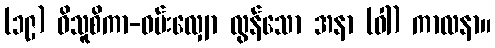
(၁၉) ဝိသူစိကာ-ဝမ်းလျှော လွန်သော အနာ (ဝါ) ကာလနာ။